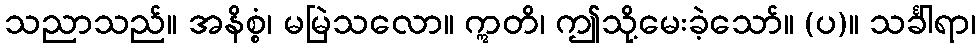
သညာသည်။ အနိစ္စံ၊ မမြဲသလော။ ဣတိ၊ ဤသို့မေးခဲ့သော်။ (ပ)။ သင်္ခါရာ၊